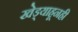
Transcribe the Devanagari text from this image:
खेड्याहूनही